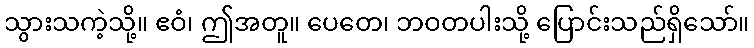
သွားသကဲ့သို့။ ဧဝံ၊ ဤအတူ။ ပေတေ၊ ဘဝတပါးသို့ ပြောင်းသည်ရှိသော်။